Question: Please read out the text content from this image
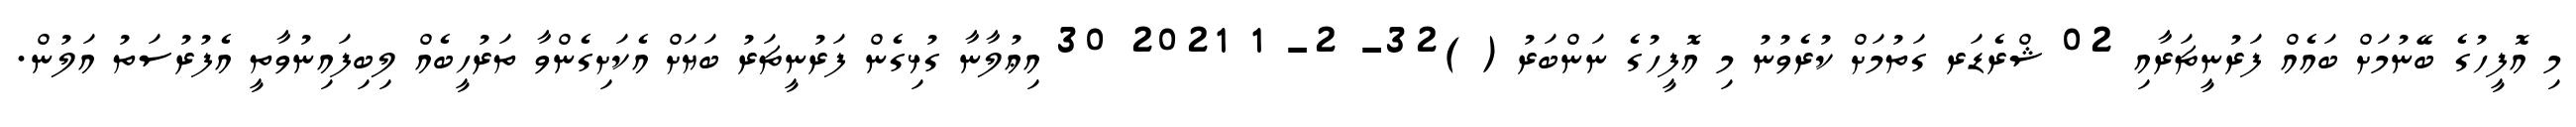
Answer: މި އޮފީހުގެ ބޭނުމަށް ބައެއް ފަރުނީޗަރާއި 02 ޝްރެޑަރ ގަތުމަށް ކުރެވުނު މި އޮފީހުގެ ނަންބަރު ( )32- 2- 1 2021 30 އިޢުލާނާ ގުޅިގެން ފަރުނީޗަރު ބަޔަށް އެކަށިގެންވާ ތަރުހީބެއް ލިބިފައިނުވާތީ އެފުރުސަތު އަލުން.